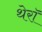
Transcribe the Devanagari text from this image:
थेरॉ